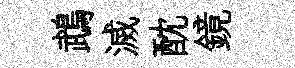
鵡滅酖鏡